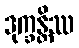
ဒုက္ခန္တိဿ